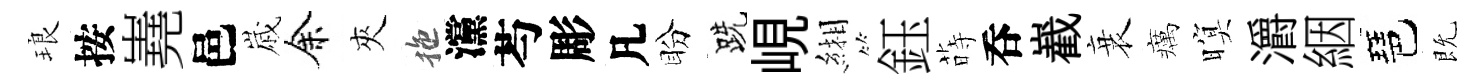
琅按嶤邑𡻕余夾拖灙芍彫凡盼跣峴緗鈺蒔呑嶻衰癘暝灂絪琶既